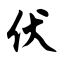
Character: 伏